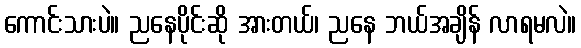
ကောင်းသားပဲ။ ညနေပိုင်းဆို အားတယ်၊ ညနေ ဘယ်အချိန် လာရမလဲ။